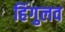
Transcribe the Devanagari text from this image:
हिंगुलव